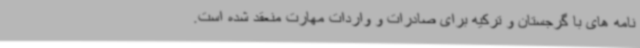
نامه های با گرجستان و ترکیه برای صادرات و واردات مهارت منعقد شده است.